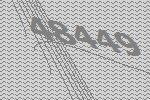
48449